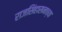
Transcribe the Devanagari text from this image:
राजसिंहासनाच्या